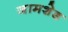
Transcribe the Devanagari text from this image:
जामशेड